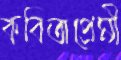
কবিতাপ্রেমী